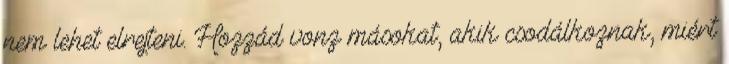
nem lehet elrejteni. Hozzád vonz másokat, akik csodálkoznak, miért